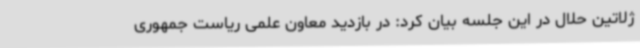
ژلاتین حلال در این جلسه بیان کرد: در بازدید معاون علمی ریاست جمهوری